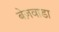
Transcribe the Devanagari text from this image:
बेज़वाडा